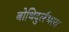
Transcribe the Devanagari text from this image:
बोधिदुर्लभत्व